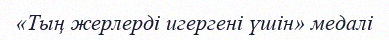
«Тың жерлерді игергені үшін» медалі